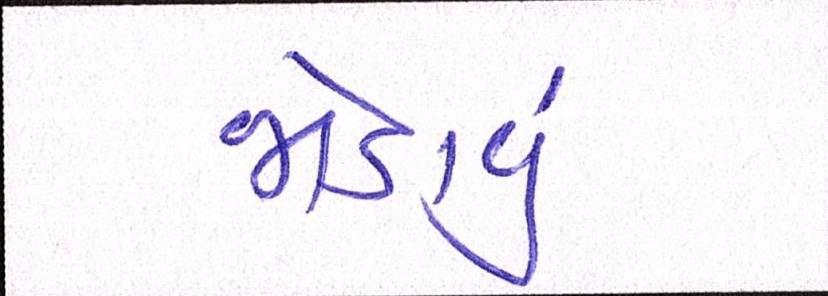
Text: જોડાવું